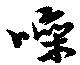
噪